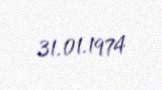
31.01.1974